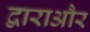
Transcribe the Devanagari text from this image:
द्वाराऔर